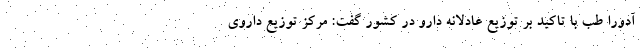
آدورا طب با تاکید بر توزیع عادلانه دارو در کشور گفت: مرکز توزیع داروی